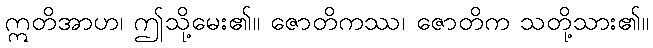
ဣတိအာဟ၊ ဤသို့မေး၏။ ဇောတိကဿ၊ ဇောတိက သတို့သား၏။